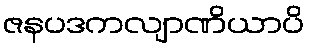
ဇနပဒကလျာဏိယာပိ